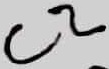
Text: C2